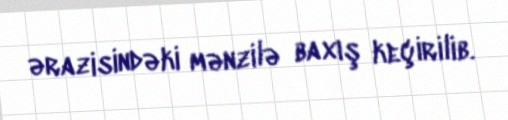
ərazisindəki mənzilə baxış keçirilib.